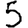
Digit: 5